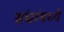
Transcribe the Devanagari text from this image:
संचांमध्ये